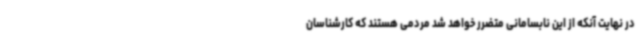
در نهایت آنکه از این نابسامانی متضرر خواهد شد مردمی هستند که کارشناسان